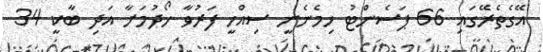
އޭގެތެރޭގައި 66 ޕަސެންޓު ހިމެނެނީ ސިއްހީ ފަރުވާ ހޯދުމަށާ އަދި ބާކީ 34